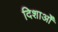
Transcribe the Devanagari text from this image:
दिशाओँ